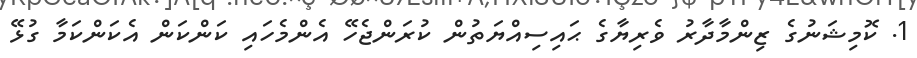
1. ކޮމިޝަނުގެ ޒިންމާދާރު ވެރިޔާގެ ޙައިސިއްޔަތުން ކުރަންޖެހޭ އެންމެހައި ކަންކަން އެކަންކަމާ ގުޅޭ